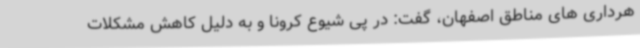
هرداری های مناطق اصفهان، گفت: در پی شیوع کرونا و به دلیل کاهش مشکلات